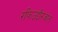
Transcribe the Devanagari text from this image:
रफिउद्दौरजात